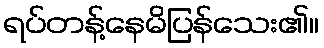
ရပ်တန့်နေမိပြန်သေး၏။